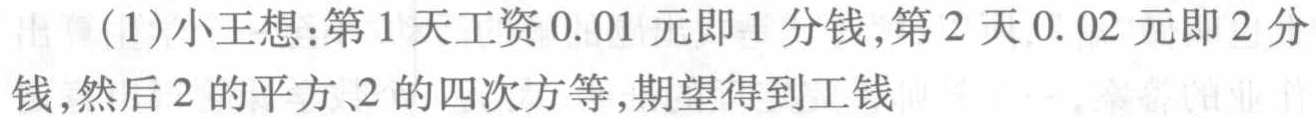
(1)小王想：第1天工资\(0.01\)元即1分钱，第2天\(0.02\)元即2分钱，然后2的平方、2的四次方等，期望得到工钱